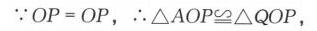
\(\because OP = OP\)，\(\therefore\triangle AOP\cong\triangle QOP\)，